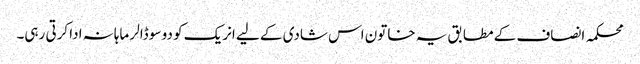
محکمہ انصاف کے مطابق یہ خاتون اس شادی کے لیے انریک کو دو سو ڈالر ماہانہ ادا کرتی رہی۔